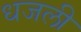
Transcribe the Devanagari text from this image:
धजली